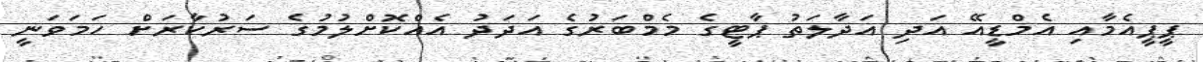
ޕީޕީއެމާއި އެމްޑީއޭ އަދި އަދާލަތު ޕާޓީގެ މެމްބަރުގެ އަދަދު އެއްކޮށްލުމުގެ ސަރުކާރަށް ހަމަވަނީ